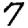
Digit: 7